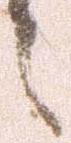
々